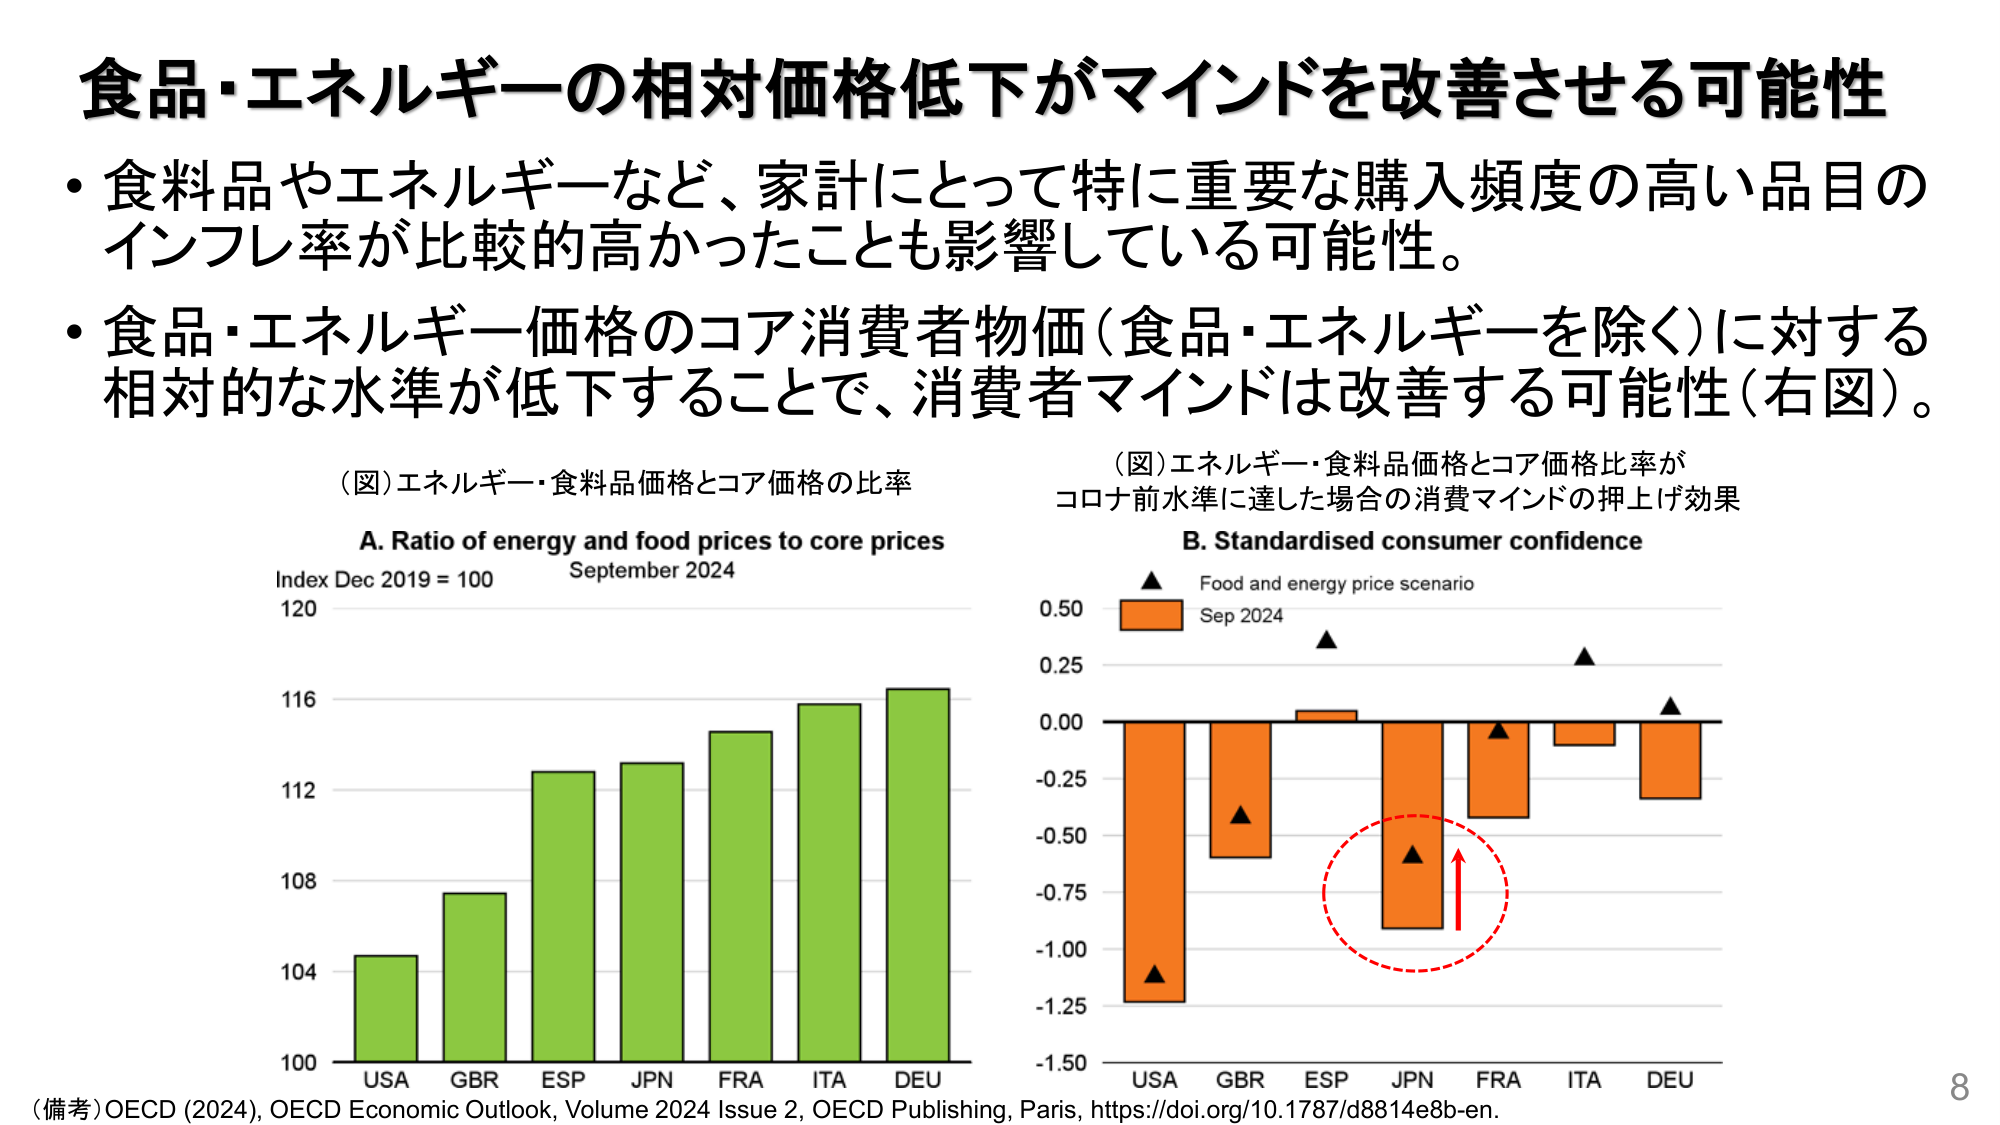
食品・エネルギーの相対価格低下がマインドを改善させる可能性
・食料品やエネルギーなど、家計にとって特に重要な購入頻度の高い品目のインフレ率が比較的高かったことも影響している可能性。
・食品・エネルギー価格のコア消費者物価（食品・エネルギーを除く）に対する相対的な水準が低下することで、消費者マインドは改善する可能性（右図）。
（図）エネルギー・食料品価格とコア価格の比率
A. Ratio of energy and food prices to core prices
Index Dec 2019 = 100
September 2024
120
116
112
108
104
100
USA GBR ESP JPN FRA ITA DEU
（図）エネルギー・食料品価格とコア価格比率がコロナ前水準に達した場合の消費マインドの押上げ効果
B. Standardised consumer confidence
▲ Food and energy price scenario
Sep 2024
0.50
0.25
0.00
-0.25
-0.50
-0.75
-1.00
-1.25
-1.50
USA GBR ESP JPN FRA ITA DEU
（備考）OECD (2024), OECD Economic Outlook, Volume 2024 Issue 2, OECD Publishing, Paris, https://doi.org/10.1787/d8814e8b-en.
8